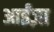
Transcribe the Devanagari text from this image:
आईंज़ा